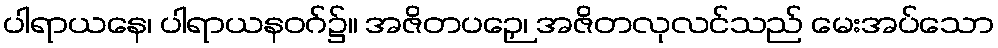
ပါရာယနေ၊ ပါရာယနဝဂ်၌။ အဇိတပဉှေ၊ အဇိတလုလင်သည် မေးအပ်သော